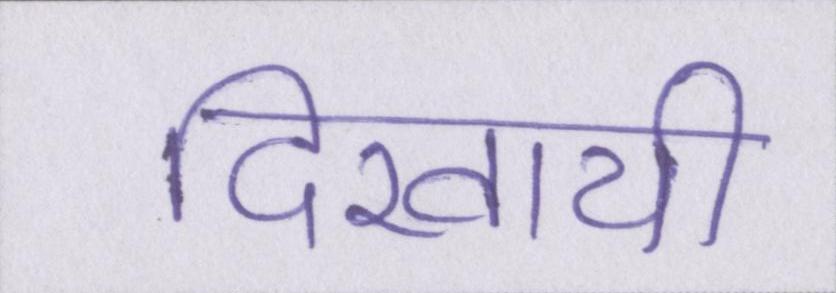
दिखायी